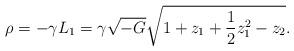
LaTeX: \begin{align*}\rho = - \gamma L_1 = \gamma\sqrt{-G} \sqrt{1 + z_1 + {1\over 2} z_1^2 - z_2}.\end{align*}